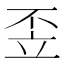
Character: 𱷣